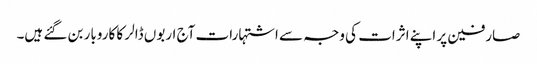
صارفین پر اپنے اثرات کی وجہ سے اشتہارات آج اربوں ڈالر کا کاروبار بن گئے ہیں۔